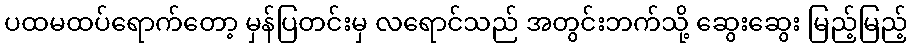
ပထမထပ်ရောက်တော့ မှန်ပြတင်းမှ လရောင်သည် အတွင်းဘက်သို့ ဆွေးဆွေး မြည့်မြည့်